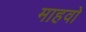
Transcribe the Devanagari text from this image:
माहवो